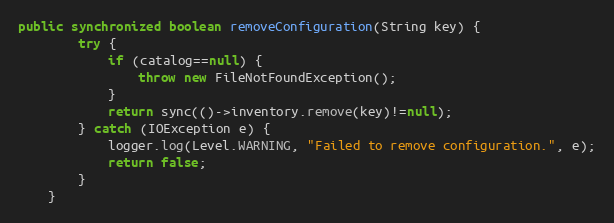
Language: Java
public synchronized boolean removeConfiguration(String key) {
		try {
			if (catalog==null) {
				throw new FileNotFoundException();
			}
			return sync(()->inventory.remove(key)!=null);
		} catch (IOException e) {
			logger.log(Level.WARNING, "Failed to remove configuration.", e);
			return false;
		}
	}